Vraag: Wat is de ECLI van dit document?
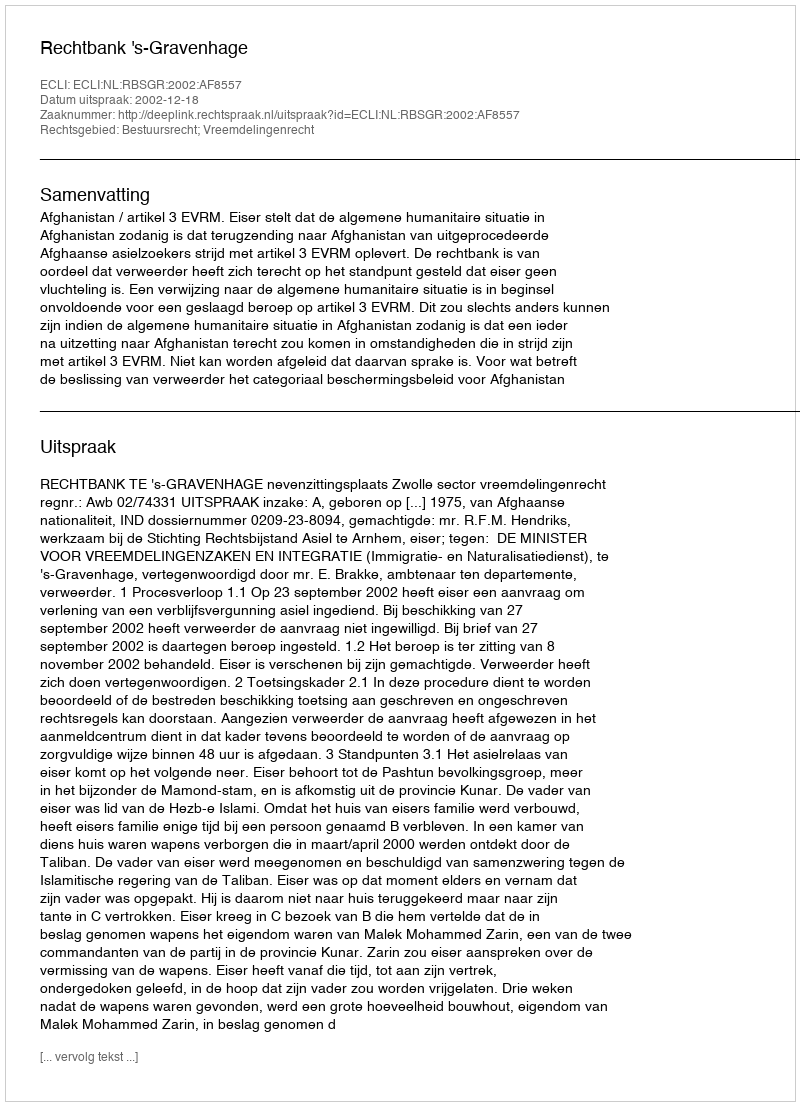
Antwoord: ECLI:NL:RBSGR:2002:AF8557